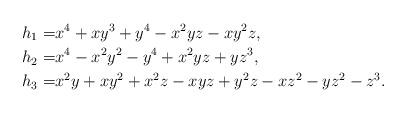
LaTeX: \begin{align*}h_1=&x^4 + x y^3 + y^4 - x^2 y z - x y^2 z,\\h_2=&x^4 - x^2 y^2 - y^4 + x^2 y z + y z^3, \\h_3=&x^2y + xy^2 + x^2z - xyz + y^2z - xz^2 - yz^2 - z^3.\end{align*}